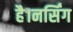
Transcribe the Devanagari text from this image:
है।नर्सिंग